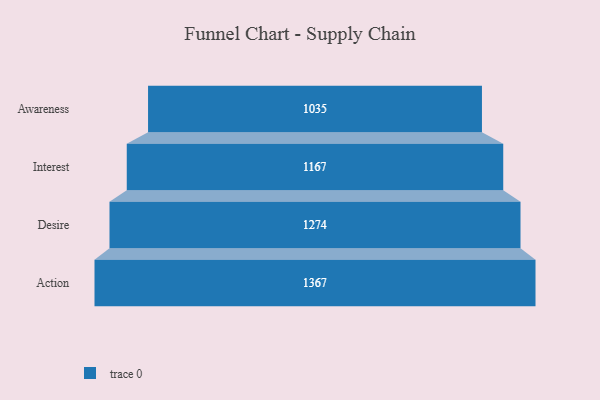
{"axis": {"x": "Stage", "y": "Value"}, "legend": [""], "data": [{"x": "Awareness", "y": 1035.0, "type": ""}, {"x": "Interest", "y": 1167.0, "type": ""}, {"x": "Desire", "y": 1274.0, "type": ""}, {"x": "Action", "y": 1367.0, "type": ""}]}